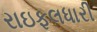
રાઇફલધારી